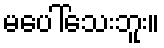
မပေါ်သေးဘူး။